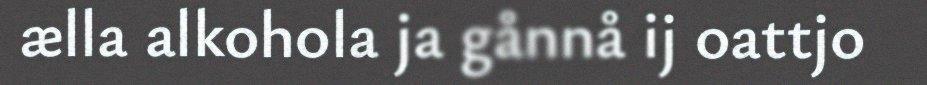
ælla alkohola ja gånnå ij oattjo